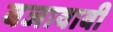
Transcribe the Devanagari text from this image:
बजावावी